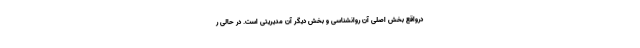
درواقع بخش اصلی آن روانشناسی و بخش دیگر آن مدیریتی است. در حالی ر